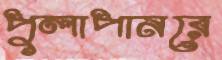
পুলাপানরে